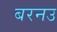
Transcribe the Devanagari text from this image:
बरनउ